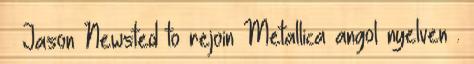
↑ Jason Newsted to rejoin Metallica angol nyelven .